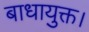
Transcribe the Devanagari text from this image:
बाधायुक्त।